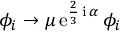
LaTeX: \phi _ { i } \rightarrow \mu \, \mathrm { e } ^ { \frac { 2 } { 3 } \, \mathrm { i } \, \alpha } \, \phi _ { i }